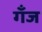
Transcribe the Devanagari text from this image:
गँज